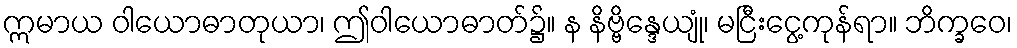
ဣမာယ ဝါယောဓာတုယာ၊ ဤဝါယောဓာတ်၌။ န နိဗ္ဗိန္ဒေယျုံ၊ မငြီးငွေ့ကုန်ရာ။ ဘိက္ခဝေ၊